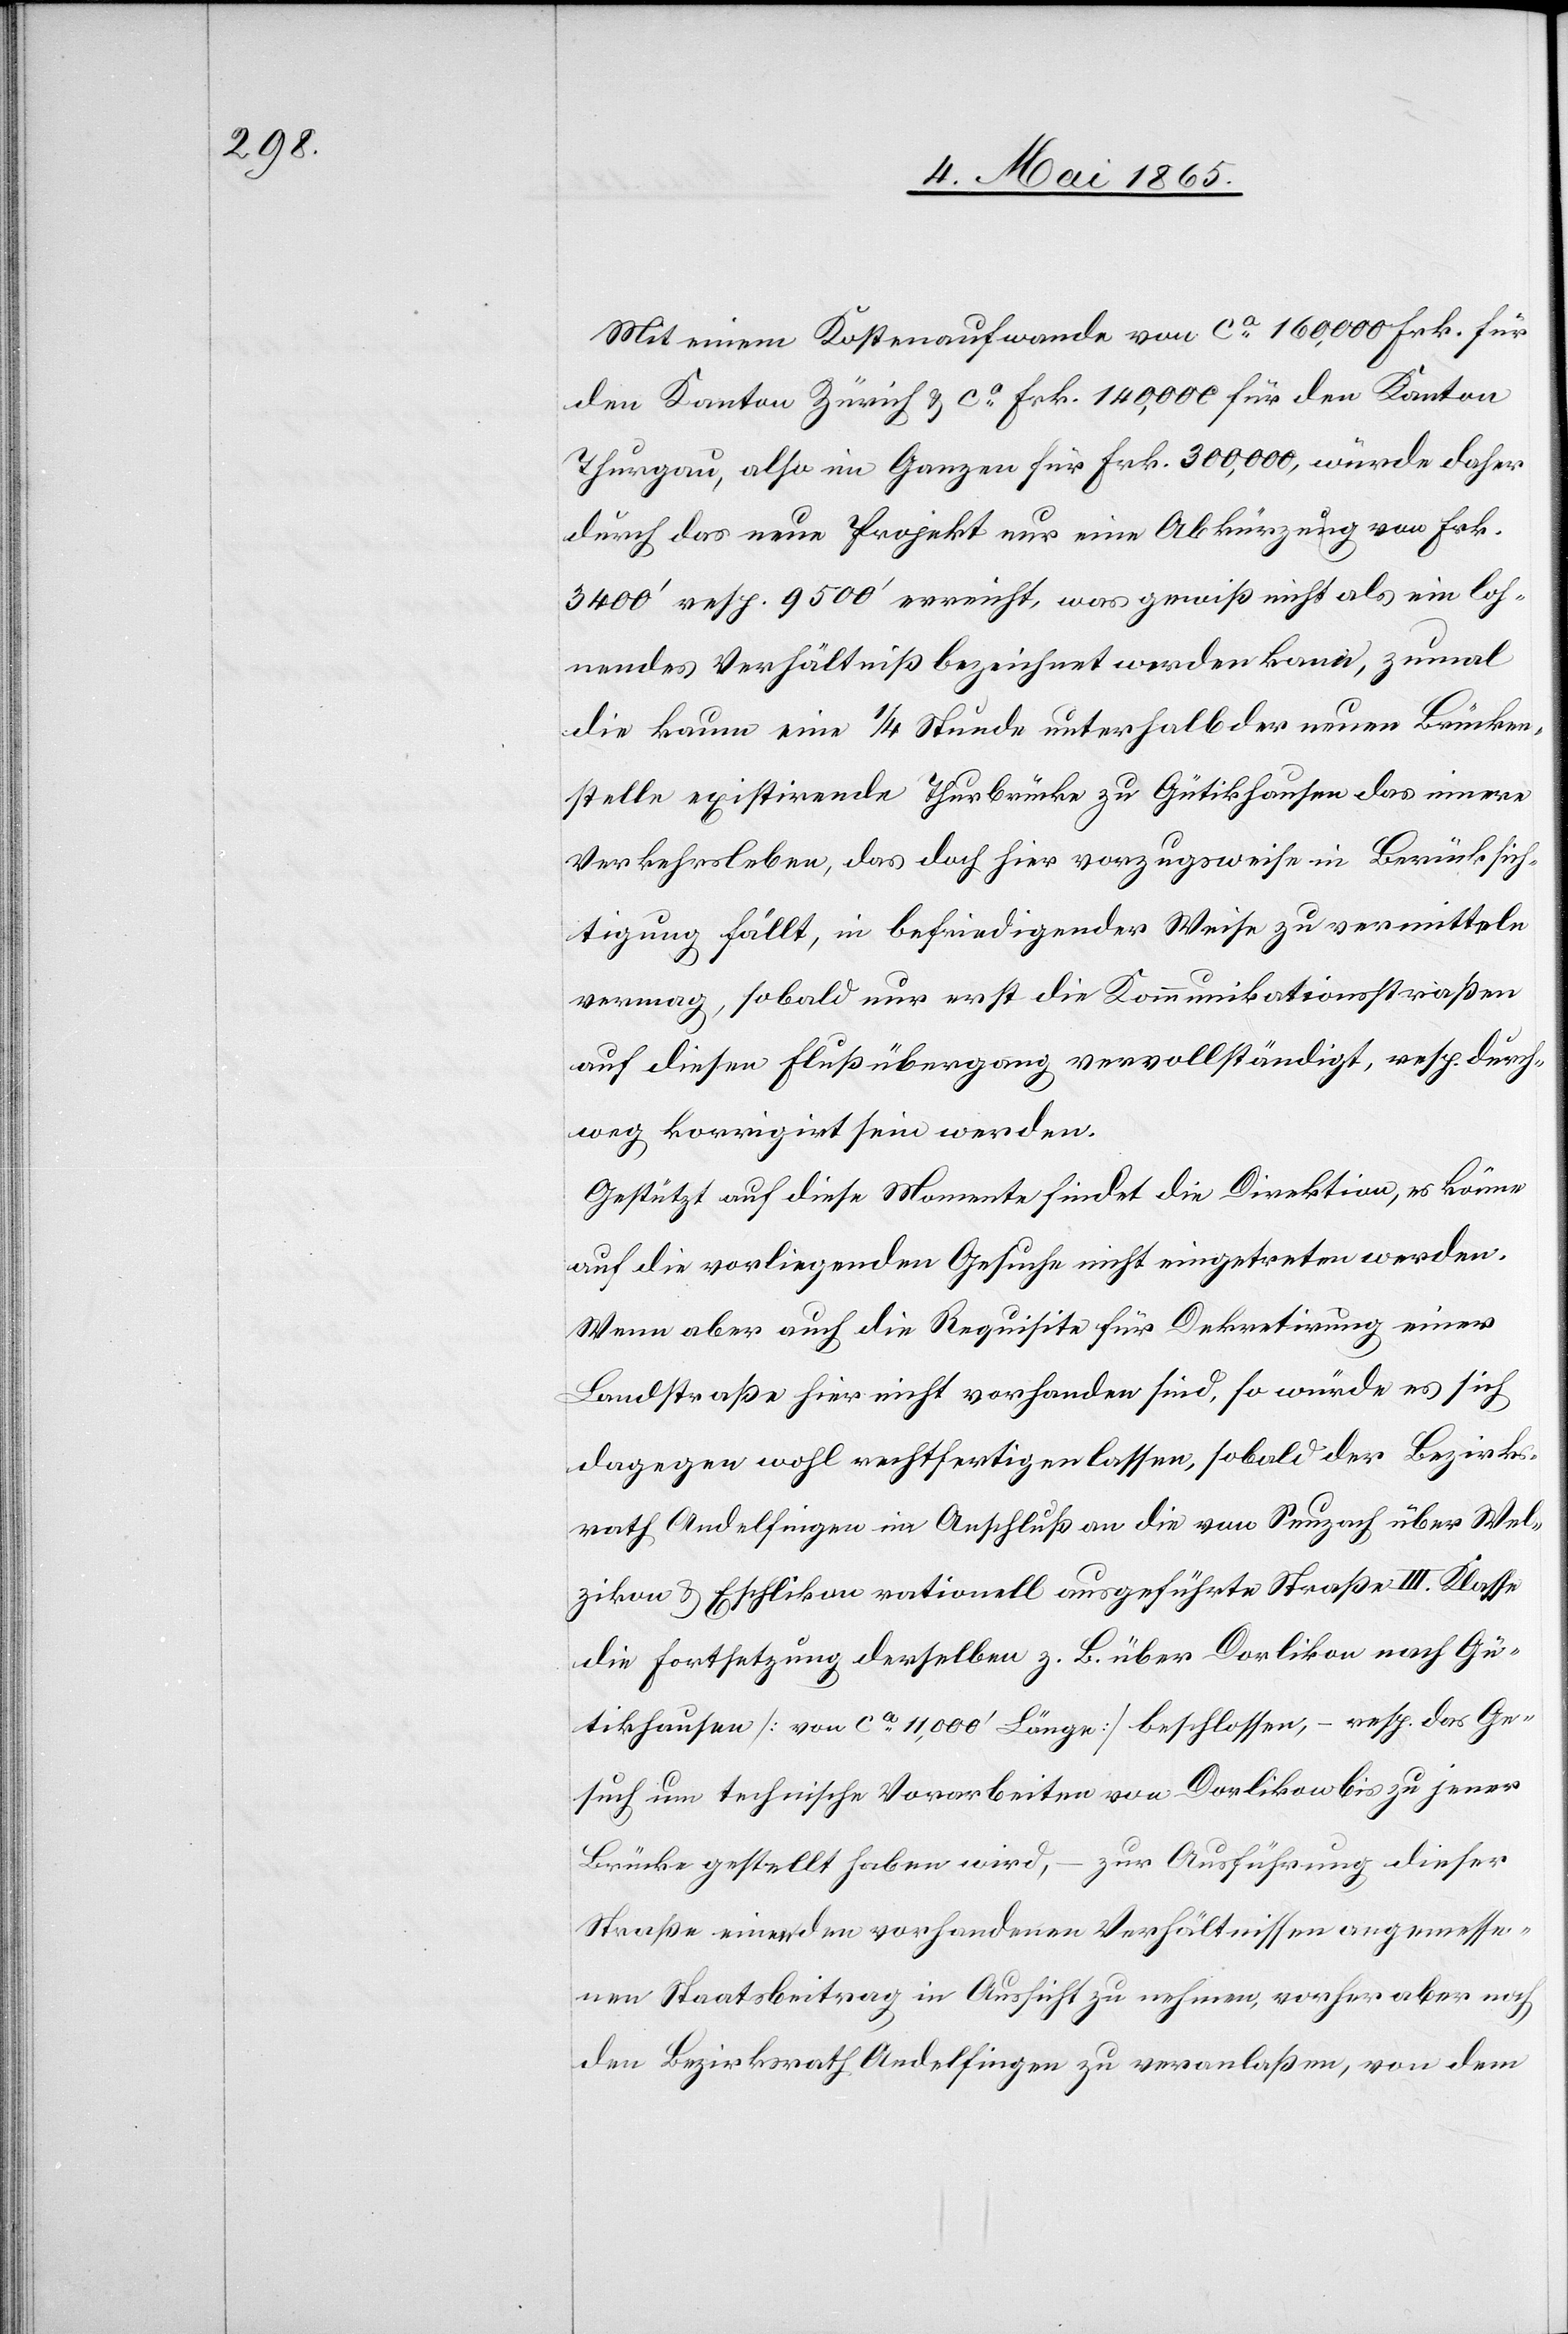
Mit einem Kostenaufwande von ca 160,000 Frk. für
den Kanton Zürich & ca Frk. 140,000 für den Kanton
Thurgau, also im Ganzen für Frk. 300,000, würde daher
durch das neue Projekt nur eine Abkürzung von Frk.
3400’ resp. 9500’ erreicht, was gewiß nicht als ein loh¬
nendes Verhältniß bezeichnet werden kann, zumal
die kaum eine ¼ Stunde unterhalb der neuen Brücken¬
stelle existirende Thurbrücke zu Gütikhausen das innere
Verkehrsleben, das doch hier vorzugsweise in Berücksich¬
tigung fällt, in befriedigender Weise zu vermitteln
vermag, sobald nur erst die Kommunikationsstraßen
auf diesen Flußübergang vervollständigt, resp. durch¬
weg korrigirt sein werden.
Gestützt auf diese Momente findet die Direktion, es könne
auf die vorliegenden Gesuche nicht eingetreten werden.
Wenn aber auch die Requisite für Dekretirung einer
Landstraße hier nicht vorhanden sind, so würde es sich
dagegen wohl rechtfertigen lassen, sobald der Bezirks¬
rath Andelfingen im Anschluß an die von Seuzach über Wel¬
zikon & Eschlikon rationell ausgeführte Straße III. Klasse
die Fortsetzung derselben z. B. über Dorlikon nach Gü¬
tikhausen [von ca 11,000’ Länge] beschlossen, – resp. das Ge¬
such um technische Vorarbeiten von Dorlikon bis zu jener
Brücke gestellt haben wird, – zur Ausführung dieser
Straße einen den vorhandenen Verhältnissen angemesse¬
nen Staatsbeitrag in Aussicht zu nehmen, vorher aber noch
den Bezirksrath Andelfingen zu veranlaßen, von dem